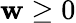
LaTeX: \mathbf{w}\geq0